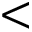
<